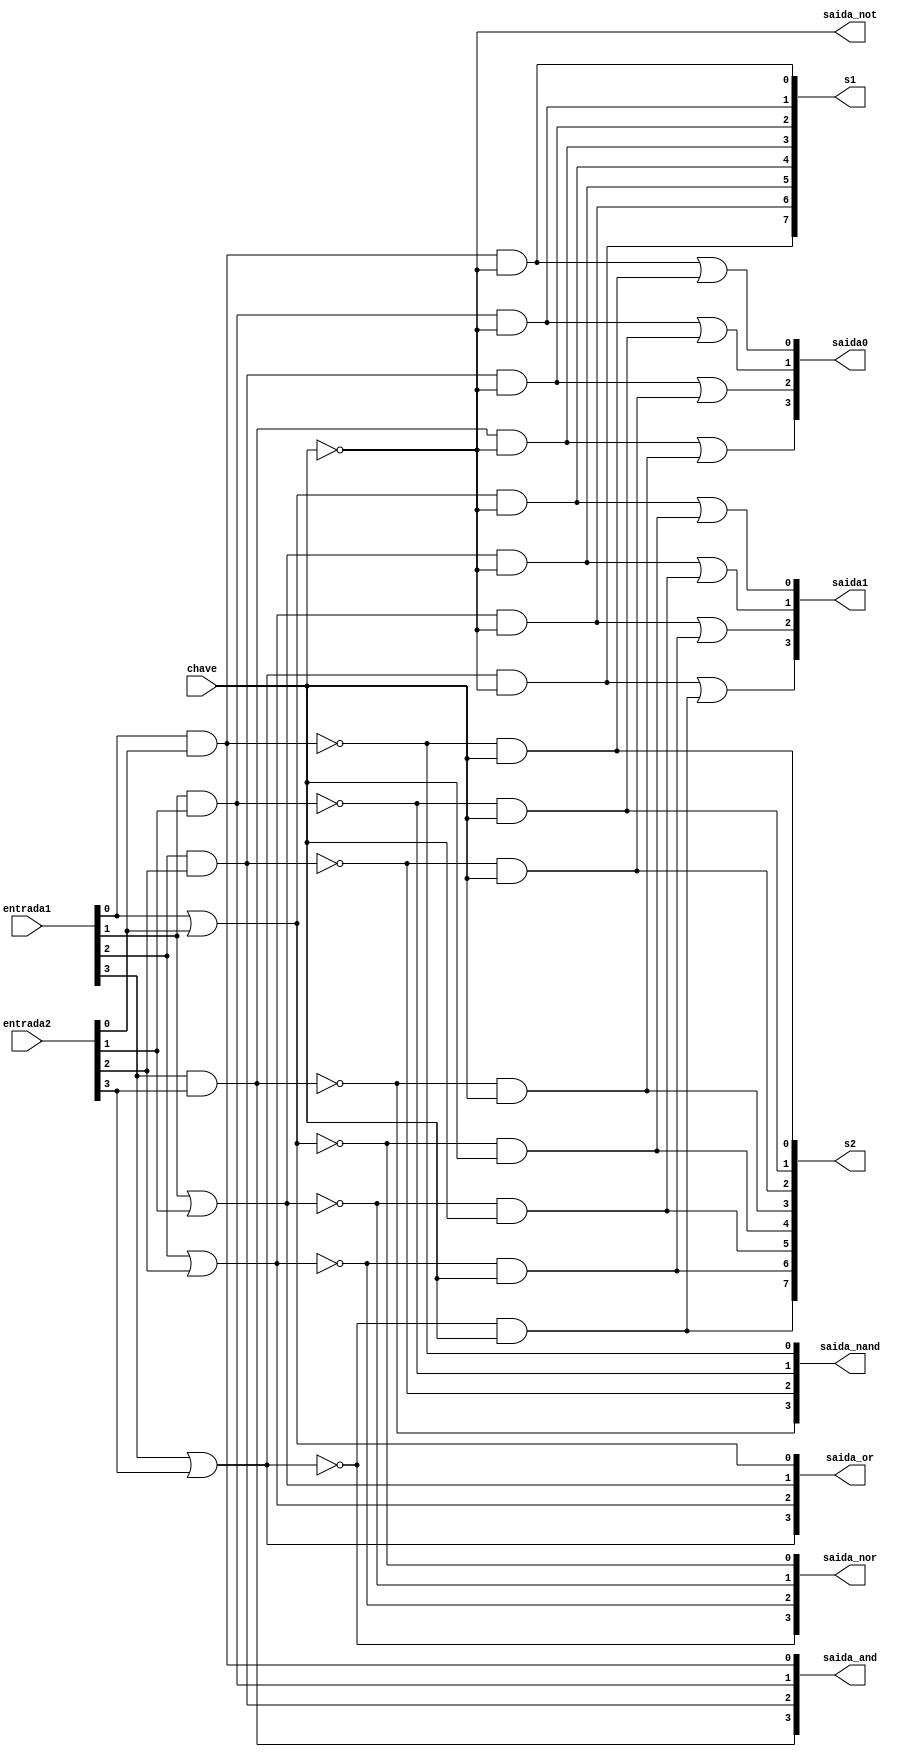
// ------------------------- 
// Exemplo0033 - SEL 
// Nome: Michelle da Costa Silva 
// -------------------------
 
// ------------------------- 
// sel_gate 
// ------------------------- 

   module sel (output [3:0]saida_and,
	            output [3:0]saida_or, 
					output [3:0]saida_nand, 
					output [3:0]saida_nor,
					output [0:0]saida_not, 
					output [7:0]s1, 
					output [7:0]s2,
	            output [3:0]saida0,
					output [3:0]saida1,
					input [3:0]entrada1, 
					input [3:0]entrada2,
					input [0:0]chave);
					
	 and AND_1(saida_and[0], entrada1[0], entrada2[0]);
    and AND_2(saida_and[1], entrada1[1], entrada2[1]);
    and AND_3(saida_and[2], entrada1[2], entrada2[2]);
    and AND_4(saida_and[3], entrada1[3], entrada2[3]);

	 or OR_1(saida_or[0], entrada1[0], entrada2[0]);
    or OR_2(saida_or[1], entrada1[1], entrada2[1]);
    or OR_3(saida_or[2], entrada1[2], entrada2[2]);
    or OR_4(saida_or[3], entrada1[3], entrada2[3]); 
	 
	 nand NAND1(saida_nand[0], entrada1[0], entrada2[0]);
    nand NAND2(saida_nand[1], entrada1[1], entrada2[1]);
    nand NAND3(saida_nand[2], entrada1[2], entrada2[2]);
    nand NAND4(saida_nand[3], entrada1[3], entrada2[3]);

	 nor NOR1(saida_nor[0], entrada1[0], entrada2[0]);
    nor NOR2(saida_nor[1], entrada1[1], entrada2[1]);
    nor NOR3(saida_nor[2], entrada1[2], entrada2[2]);
    nor NOR4(saida_nor[3], entrada1[3], entrada2[3]);
	 
	 not NOT1(saida_not[0], chave[0]);
	 
	 and AND1(s1[0], saida_and[0], saida_not[0]);
    and AND2(s1[1], saida_and[1], saida_not[0]);
    and AND3(s1[2], saida_and[2], saida_not[0]);
    and AND4(s1[3], saida_and[3], saida_not[0]);

    and AND5(s1[4], saida_or[0], saida_not[0]);
    and AND6(s1[5], saida_or[1], saida_not[0]);
    and AND7(s1[6], saida_or[2], saida_not[0]);
    and AND8(s1[7], saida_or[3], saida_not[0]);
	 
	 and AND9(s2[0], saida_nand[0], chave[0]);
    and AND10(s2[1], saida_nand[1], chave[0]);
    and AND11(s2[2], saida_nand[2], chave[0]);
    and AND12(s2[3], saida_nand[3], chave[0]);

    and AND13(s2[4], saida_nor[0], chave[0]);
    and AND14(s2[5], saida_nor[1], chave[0]);
    and AND15(s2[6], saida_nor[2], chave[0]);
    and AND16(s2[7], saida_nor[3], chave[0]);
	 
	 or OR1(saida0[0], s1[0], s2[0]);
    or OR2(saida0[1], s1[1], s2[1]);
    or OR3(saida0[2], s1[2], s2[2]);
    or OR4(saida0[3], s1[3], s2[3]); 
	 
	 or OR5(saida1[0], s1[4], s2[4]);
    or OR6(saida1[1], s1[5], s2[5]);
    or OR7(saida1[2], s1[6], s2[6]);
    or OR8(saida1[3], s1[7], s2[7]);

    endmodule //sel

// ------------------------- 
// -- test f4
// -------------------------
     module test_sel; 
// ------------------------- definir dados 
    reg  [3:0] x;
	 reg  [3:0] y;
	 reg  [0:0] c;
	 
	 wire [3:0] w;
	 wire [3:0] k;
	 wire [3:0] r;
	 wire [3:0] s;
	 wire [0:0] a;
	 wire [7:0] h;
	 wire [7:0] p;
	 wire [3:0] s0;
	 wire [3:0] s1;

// ------------------------- instancia 

    sel modulo (w, k, r, s, a, h, p, s0, s1, x, y, c);
	 
	  
// ------------------------- parte principal 
initial begin
      $display("Exemplo0033 - Michelle da Costa Silva");
      $display("Test LU's module");
      #1 x = 4'b0101; y = 4'b1010; c = 0;
		$monitor("Resultado Chave = %1b\n x = %4b \t y = %4b \t Resultado = %4b \t Resultado = %4b\n", c, x, y, s0, s1);
		#1 x = 4'b0101; y = 4'b1010; c = 1;
		
		#1 x = 4'b1111; y = 4'b0000; c = 0;
		#1 x = 4'b1111; y = 4'b0000; c = 1;
		
		#1 x = 4'b1001; y = 4'b1000; c = 0;
		#1 x = 4'b1001; y = 4'b1000; c = 1;
		end
endmodule // test_sel